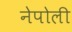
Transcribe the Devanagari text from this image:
नेपोली